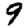
Digit: 9